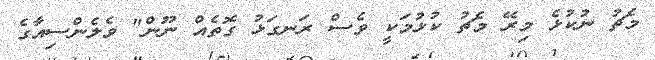
މެޗު ނުކުޅެ މިރޭ މެޗު ކުޅުމަކީ ވެސް ރަނގަޅު ގޮތެއް ނޫން" ވެެލެންސިއާގެ